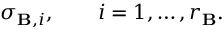
\sigma _ { \mathbf { B } , i } , \qquad i = 1 , \ldots , r _ { \mathbf { B } } .